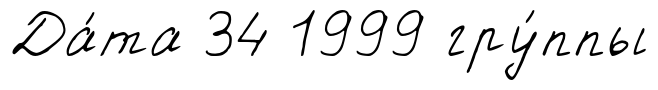
Да́та 34 1999 гру́ппы